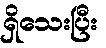
ရှိသေးပြီး